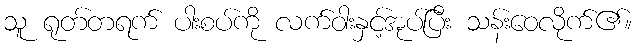
သူ ရုတ်တရက် ပါးစပ်ကို လက်ဝါးနှင့်အုပ်ပြီး သန်းဝေလိုက်၏။